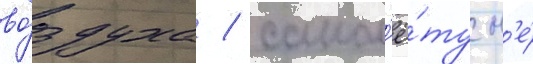
во́здуха / самол'ё́ту н'е́